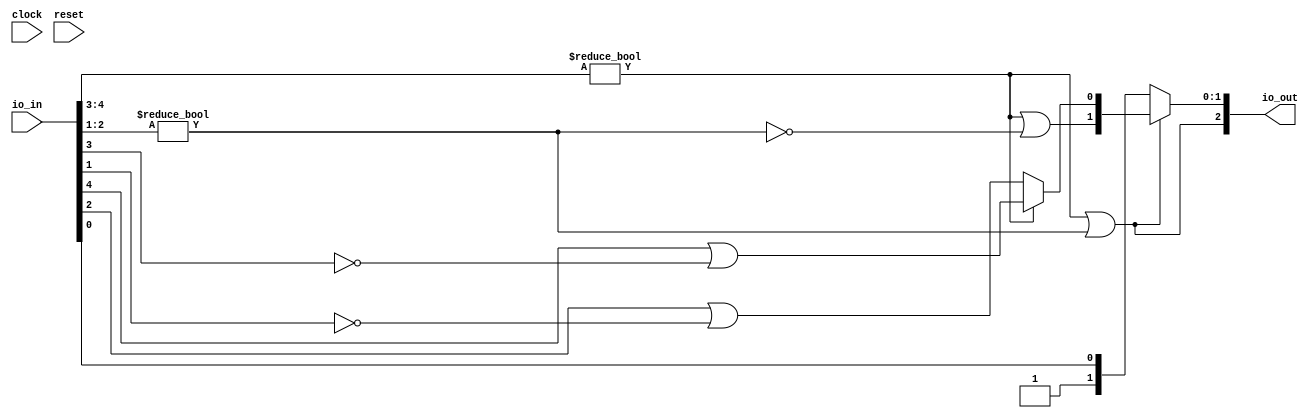
module ILZD5(
  input        clock,
  input        reset,
  input  [4:0] io_in,
  output [2:0] io_out
);
  wire [3:0] _T; // @[LZD.scala 43:32]
  wire [1:0] _T_1; // @[LZD.scala 43:32]
  wire  _T_2; // @[LZD.scala 39:14]
  wire  _T_3; // @[LZD.scala 39:21]
  wire  _T_4; // @[LZD.scala 39:30]
  wire  _T_5; // @[LZD.scala 39:27]
  wire  _T_6; // @[LZD.scala 39:25]
  wire [1:0] _T_7; // @[Cat.scala 29:58]
  wire [1:0] _T_8; // @[LZD.scala 44:32]
  wire  _T_9; // @[LZD.scala 39:14]
  wire  _T_10; // @[LZD.scala 39:21]
  wire  _T_11; // @[LZD.scala 39:30]
  wire  _T_12; // @[LZD.scala 39:27]
  wire  _T_13; // @[LZD.scala 39:25]
  wire [1:0] _T_14; // @[Cat.scala 29:58]
  wire  _T_15; // @[Shift.scala 12:21]
  wire  _T_16; // @[Shift.scala 12:21]
  wire  _T_17; // @[LZD.scala 49:16]
  wire  _T_18; // @[LZD.scala 49:27]
  wire  _T_19; // @[LZD.scala 49:25]
  wire  _T_20; // @[LZD.scala 49:47]
  wire  _T_21; // @[LZD.scala 49:59]
  wire  _T_22; // @[LZD.scala 49:35]
  wire [2:0] _T_24; // @[Cat.scala 29:58]
  wire  _T_25; // @[LZD.scala 44:32]
  wire  _T_27; // @[Shift.scala 12:21]
  wire [1:0] _T_29; // @[Cat.scala 29:58]
  wire [1:0] _T_30; // @[LZD.scala 55:32]
  wire [1:0] _T_31; // @[LZD.scala 55:20]
  assign _T = io_in[4:1]; // @[LZD.scala 43:32]
  assign _T_1 = _T[3:2]; // @[LZD.scala 43:32]
  assign _T_2 = _T_1 != 2'h0; // @[LZD.scala 39:14]
  assign _T_3 = _T_1[1]; // @[LZD.scala 39:21]
  assign _T_4 = _T_1[0]; // @[LZD.scala 39:30]
  assign _T_5 = ~ _T_4; // @[LZD.scala 39:27]
  assign _T_6 = _T_3 | _T_5; // @[LZD.scala 39:25]
  assign _T_7 = {_T_2,_T_6}; // @[Cat.scala 29:58]
  assign _T_8 = _T[1:0]; // @[LZD.scala 44:32]
  assign _T_9 = _T_8 != 2'h0; // @[LZD.scala 39:14]
  assign _T_10 = _T_8[1]; // @[LZD.scala 39:21]
  assign _T_11 = _T_8[0]; // @[LZD.scala 39:30]
  assign _T_12 = ~ _T_11; // @[LZD.scala 39:27]
  assign _T_13 = _T_10 | _T_12; // @[LZD.scala 39:25]
  assign _T_14 = {_T_9,_T_13}; // @[Cat.scala 29:58]
  assign _T_15 = _T_7[1]; // @[Shift.scala 12:21]
  assign _T_16 = _T_14[1]; // @[Shift.scala 12:21]
  assign _T_17 = _T_15 | _T_16; // @[LZD.scala 49:16]
  assign _T_18 = ~ _T_16; // @[LZD.scala 49:27]
  assign _T_19 = _T_15 | _T_18; // @[LZD.scala 49:25]
  assign _T_20 = _T_7[0:0]; // @[LZD.scala 49:47]
  assign _T_21 = _T_14[0:0]; // @[LZD.scala 49:59]
  assign _T_22 = _T_15 ? _T_20 : _T_21; // @[LZD.scala 49:35]
  assign _T_24 = {_T_17,_T_19,_T_22}; // @[Cat.scala 29:58]
  assign _T_25 = io_in[0:0]; // @[LZD.scala 44:32]
  assign _T_27 = _T_24[2]; // @[Shift.scala 12:21]
  assign _T_29 = {1'h1,_T_25}; // @[Cat.scala 29:58]
  assign _T_30 = _T_24[1:0]; // @[LZD.scala 55:32]
  assign _T_31 = _T_27 ? _T_30 : _T_29; // @[LZD.scala 55:20]
  assign io_out = {_T_27,_T_31}; // @[ILZD.scala 15:10]
endmodule